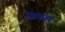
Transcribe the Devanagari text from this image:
फ़लर